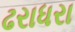
ઢરાધરા